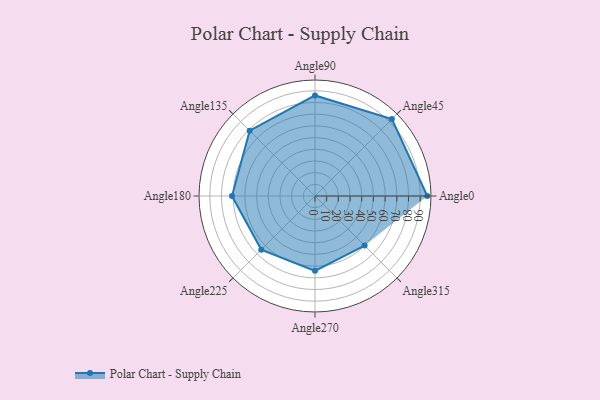
{"axis": {"x": "Angle", "y": "Radius"}, "legend": [""], "data": [{"x": "Angle0", "y": 96.0, "type": ""}, {"x": "Angle45", "y": 93.0, "type": ""}, {"x": "Angle90", "y": 86.0, "type": ""}, {"x": "Angle135", "y": 79.0, "type": ""}, {"x": "Angle180", "y": 71.0, "type": ""}, {"x": "Angle225", "y": 65.0, "type": ""}, {"x": "Angle270", "y": 64.0, "type": ""}, {"x": "Angle315", "y": 60.0, "type": ""}]}